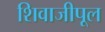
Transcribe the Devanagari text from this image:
शिवाजीपूल